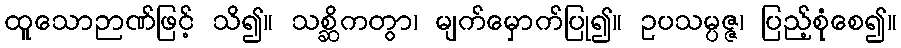
ထူသောဉာဏ်ဖြင့် သိ၍။ သစ္ဆိကတွာ၊ မျက်မှောက်ပြု၍။ ဥပသမ္ပဇ္ဇ၊ ပြည့်စုံစေ၍။